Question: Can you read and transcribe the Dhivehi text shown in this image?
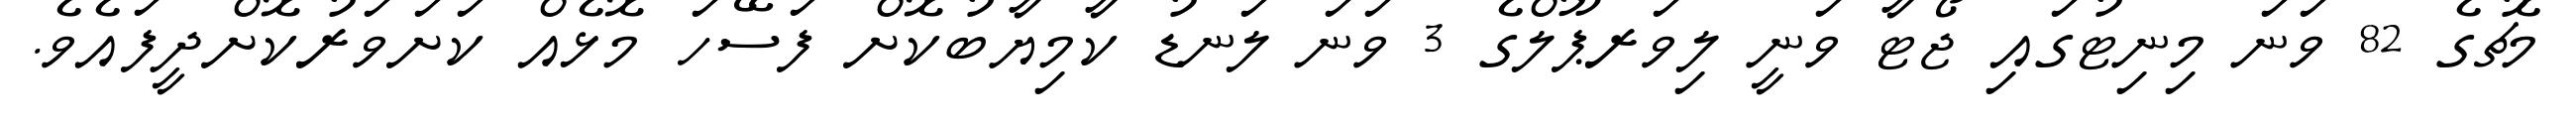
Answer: މެޗުގެ 82 ވަނަ މިނިޓުގައި ޖޯޓާ ވަނީ ލިވަރޕޫލްގެ 3 ވަނަ ލަނޑު ކާމިޔާބުކޮށް ފަސޭހަ މޮޅެއް ކަށަވަރުކޮށްދީފައެވެ.